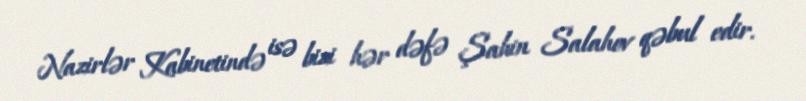
Nazirlər Kabinetində isə bizi hər dəfə Şahin Salahov qəbul edir.